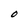
Character: O